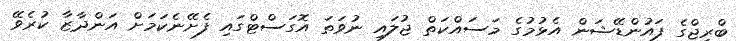
ބްރިޖްގެ ފައުންޑޭޝަން އެޅުމުގެ މަސައްކަތް ޖުލައި ނުވަތަ އޮގަސްޓްގައި ފެށޭނެކަމަށް އަންދާޒާ ކުރެވޭ